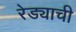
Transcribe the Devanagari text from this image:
रेड्याची